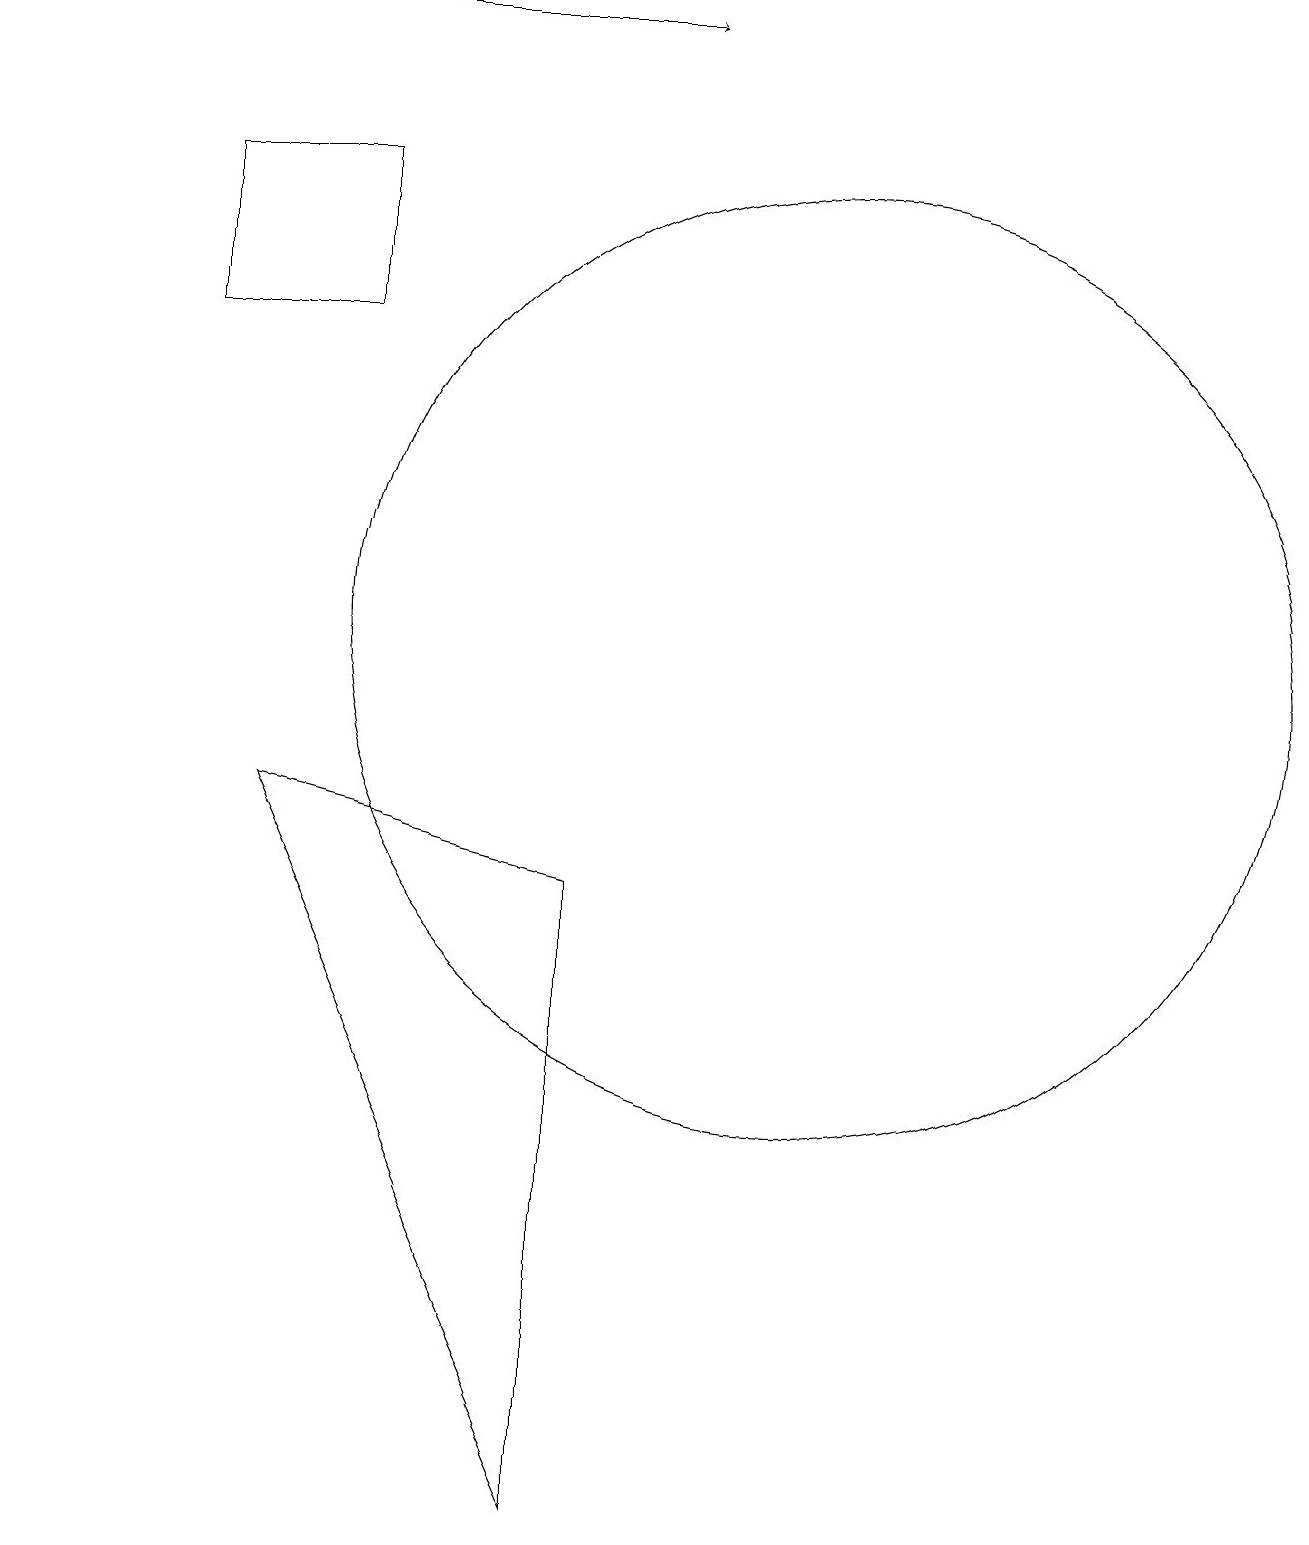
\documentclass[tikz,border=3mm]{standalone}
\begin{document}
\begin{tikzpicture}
\draw (5,15) rectangle (3,17);
\draw[->] (1,19) -- (9,19);
\draw (11,11) circle (6);
\draw (4,9) -- (8,8) -- (8,0) -- cycle;
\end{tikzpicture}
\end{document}